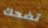
تضحك